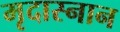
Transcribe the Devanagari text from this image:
मृदास्नान